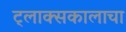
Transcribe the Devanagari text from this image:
ट्लाक्सकालाचा